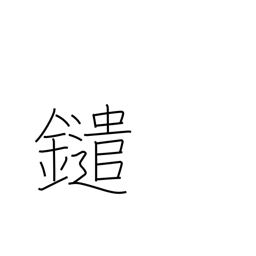
Meaning: (kokuji)